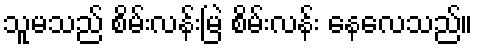
သူမသည် စိမ်းလန်းမြဲ စိမ်းလန်း နေလေသည်။